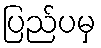
ပြည်ပမှ